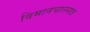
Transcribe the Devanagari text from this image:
विमानचालनात